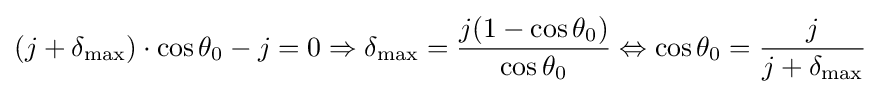
(j+\delta _{\max })\cdot \cos \theta _{0}-j=0\Rightarrow \delta _{\max }={\frac {j(1-\cos \theta _{0})}{\cos \theta _{0}}}\Leftrightarrow \cos \theta _{0}={\frac {j}{j+\delta _{\max }}}